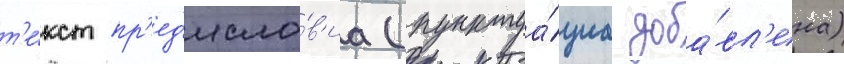
т'е́кст пр'ед'исло́в'иа (пунктуа́циа доба́вл'ена)